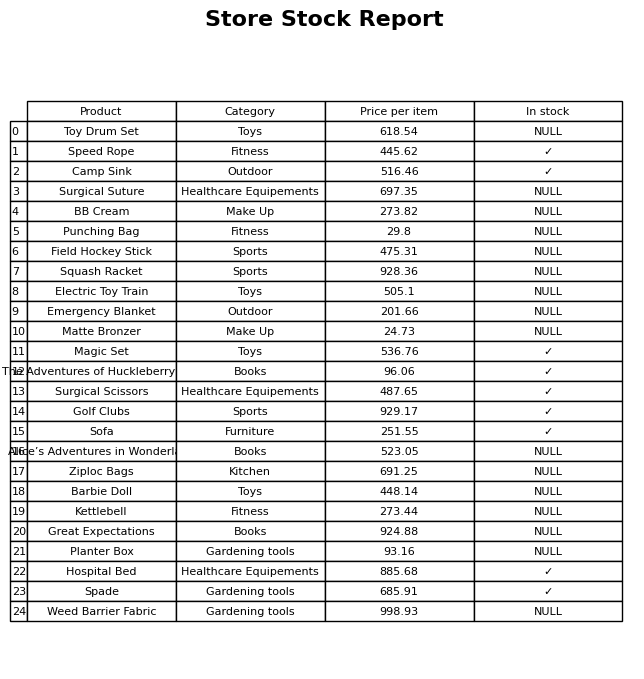
question: What is the price for Speed Rope?
answer: The price of Speed Rope is 445.62.